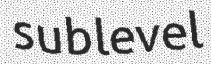
sublevel